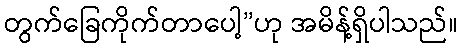
တွက်ခြေကိုက်တာပေါ့”ဟု အမိန့်ရှိပါသည်။